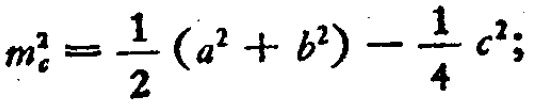
\[m_{c}^{2}=\frac{1}{2}\left(a^{2}+b^{2}\right)-\frac{1}{4}c^{2};\]